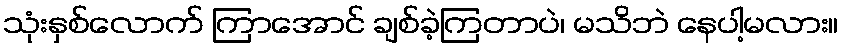
သုံးနှစ်လောက် ကြာအောင် ချစ်ခဲ့ကြတာပဲ၊ မသိဘဲ နေပါ့မလား။